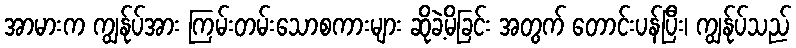
အာမားက ကျွန်ုပ်အား ကြမ်းတမ်းသောစကားများ ဆိုခဲ့မိခြင်း အတွက် တောင်းပန်ပြီး၊ ကျွန်ုပ်သည်